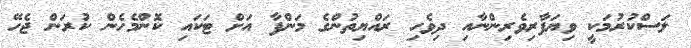
ލަސްކުރުމަކީ ވިޔަފާރިވެރިންނާއި ދިވެހި ރައްޔިތުންގެ މަންފާ އަށް ޓަކައި ކޮންމެހެން ކުރަން ޖެހޭ